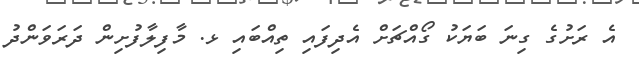
އެ ރަށުގެ ގިނަ ބަޔަކު ގޯއްޗަށް އެދިފައި ތިއްބައި ޅ. މާފިލާފުށިން ދަރަވަންދު